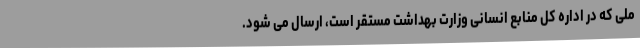
ملی که در اداره کل منابع انسانی وزارت بهداشت مستقر است، ارسال می شود.